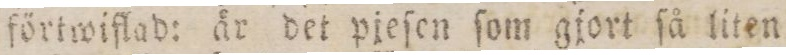
förtwiflad: är det pjeſen ſom gjort ſå liten